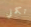
تكملي